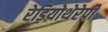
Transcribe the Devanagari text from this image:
रेड़ियोथेरेपी